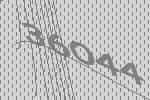
36044